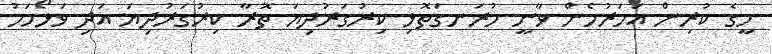
މީގެ ކުރިން އަހަރުމެން ވާނީ މުރަނގަތޮޅި ކިރުގަރުދިޔަ ތޮރާ ކިރުގަރުދިޔަ އަދި ވަޅޯމަހު